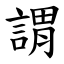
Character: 謂